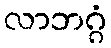
လာဘဂ္ဂံ